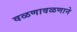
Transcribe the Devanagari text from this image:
वळणावळणाने